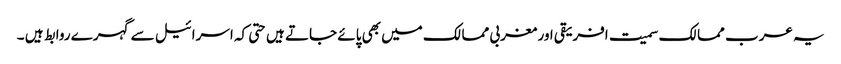
یہ عرب ممالک سمیت افریقی اور مغربی ممالک میں بھی پائے جاتے ہیں حتی کہ اسرائیل سے گہرے روابط ہیں ۔